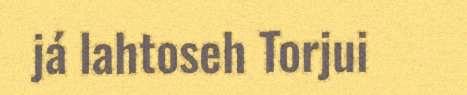
já lahtoseh Torjui